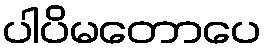
ပါပိမတောပေ